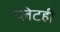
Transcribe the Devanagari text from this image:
प्लेटही